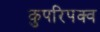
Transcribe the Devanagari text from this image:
कुपरिपक्व